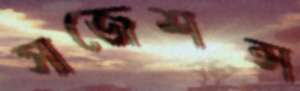
সাজেশন্স